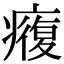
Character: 癁